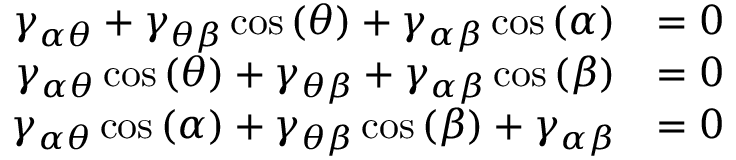
{ \begin{array} { r l } { \gamma _ { \alpha \theta } + \gamma _ { \theta \beta } \cos \left( \theta \right) + \gamma _ { \alpha \beta } \cos \left( \alpha \right) } & { = 0 } \\ { \gamma _ { \alpha \theta } \cos \left( \theta \right) + \gamma _ { \theta \beta } + \gamma _ { \alpha \beta } \cos \left( \beta \right) } & { = 0 } \\ { \gamma _ { \alpha \theta } \cos \left( \alpha \right) + \gamma _ { \theta \beta } \cos \left( \beta \right) + \gamma _ { \alpha \beta } } & { = 0 } \end{array} }